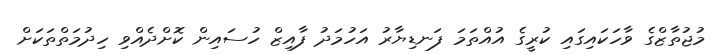
މުޖުތާޒްގެ ވާހަކައިގައި ކުރީގެ އުއްތަމަ ފަނޑިޔާރު އަހުމަދު ފާއިޒް ހުސައިން ކޮށްދެއްވި ހިދުމަތްތަކަށް